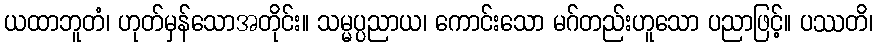
ယထာဘူတံ၊ ဟုတ်မှန်သောအတိုင်း။ သမ္မပ္ပညာယ၊ ကောင်းသော မဂ်တည်းဟူသော ပညာဖြင့်။ ပဿတိ၊